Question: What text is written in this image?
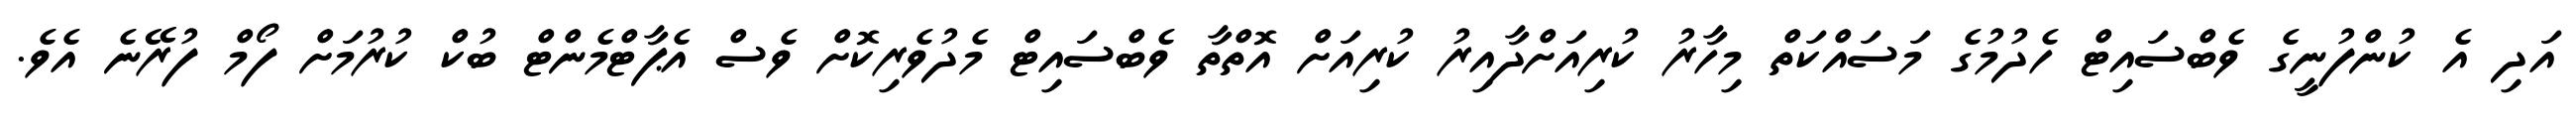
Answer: އަދި އެ ކުންފުނީގެ ވެބްސައިޓް ހެދުމުގެ މަސައްކަތް މިހާރު ކުރިއަށްދާއިރު ކުރިއަށް އޮތްތާ ވެބްސައިޓް މެދުވެރިކޮށް ވެސް އެޕާޓްމެންޓް ބުކް ކުރުމަށް ފޯމް ފުރޭނެ އެވެ.